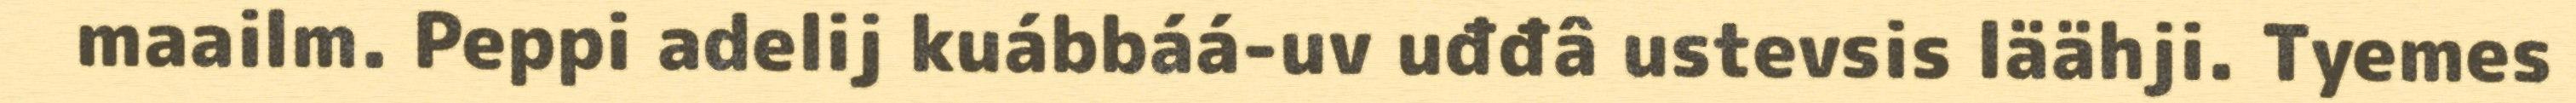
maailm. Peppi adelij kuábbáá-uv uđđâ ustevsis läähji. Tyemes